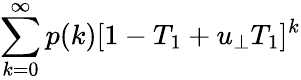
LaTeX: \sum_{k=0}^{\infty}p(k)[1-T_{1}+u_{\bot}T_{1}]^{k}